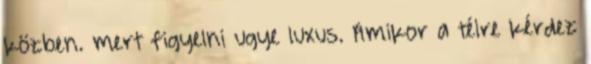
közben. mert figyelni ugye luxus. Amikor a télre kérdez